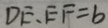
D E 、 E F = 6